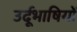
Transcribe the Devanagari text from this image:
उर्दूभाषियों